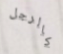
كالرجل